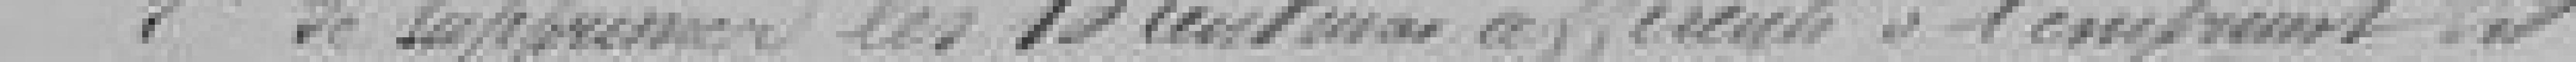
2. de supprimer les  centimes aff??? à l'emprunt dit